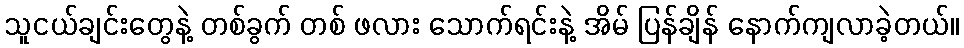
သူငယ်ချင်းတွေနဲ့ တစ်ခွက် တစ် ဖလား သောက်ရင်းနဲ့ အိမ် ပြန်ချိန် နောက်ကျလာခဲ့တယ်။